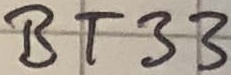
Text: BT33